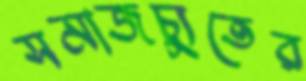
সমাজচ্যুতের